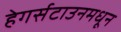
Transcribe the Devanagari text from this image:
हेगर्सटाउनमधून